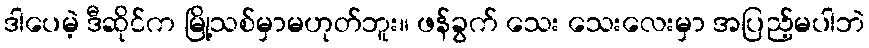
ဒါပေမဲ့ ဒီဆိုင်က မြို့သစ်မှာမဟုတ်ဘူး။ ဖန်ခွက် သေး သေးလေးမှာ အပြည့်မပါဘဲ